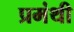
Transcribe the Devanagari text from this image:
प्रमंथी